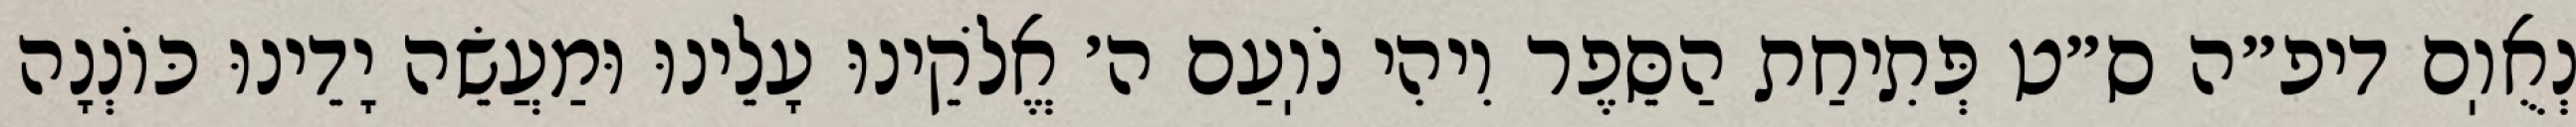
נְאֻוֽם דיפ״ה ס״ט פְּתִיחַת הַסֵּפֶר וִיהִי נֹוֽעַם ה׳ אֱלֹקֵינוּ עָלֵינוּ וּמַעֲשֵׂה יָדֵינוּ כּוֹנְנָה